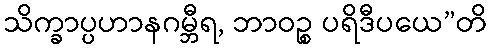
သိက္ခာပ္ပဟာနဂမ္ဘီရ, ဘာဝဉ္စ ပရိဒီပယေ”တိ